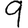
Digit: 9